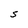
Character: e